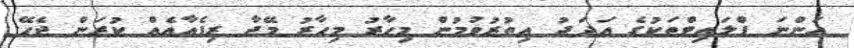
އަންނަ ފްލައިޓްތަކުގެ އަދަދު އިތުރުވުމުން މިހާރު މިހާރު މޭޖާ ރިޕެއާއެއް ކުރަން ޖެހޭ.